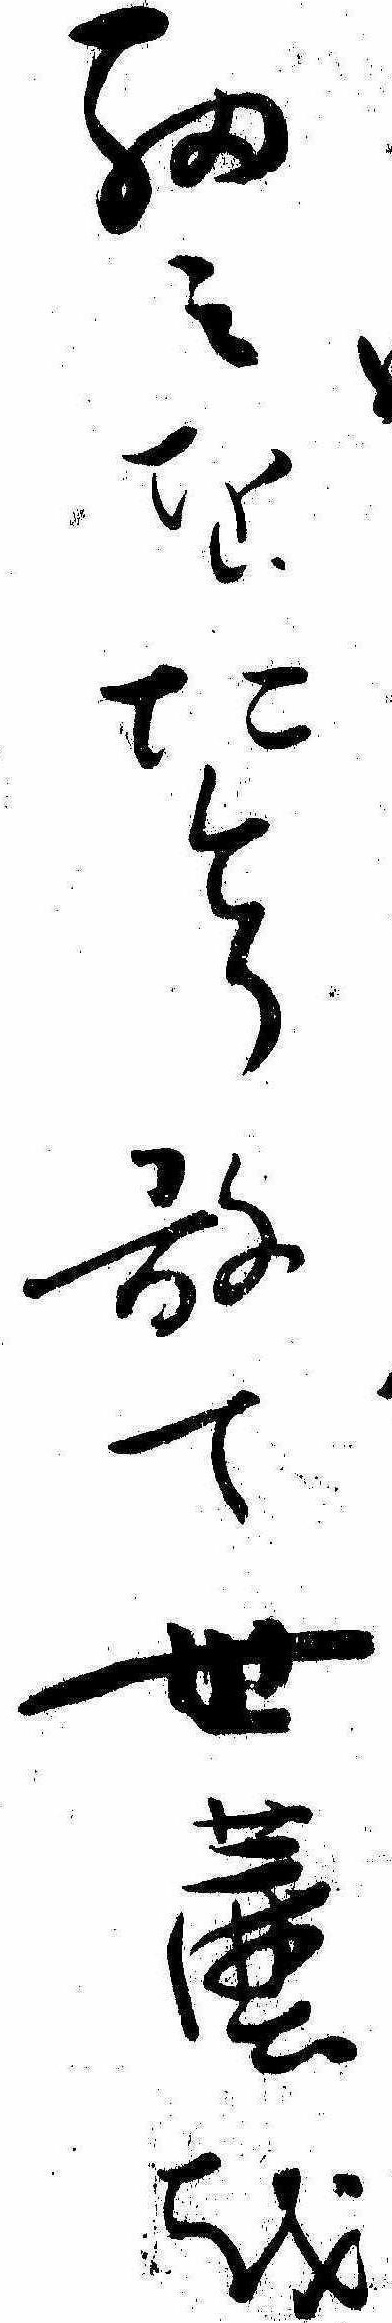
細みをたとり敢て世塵を